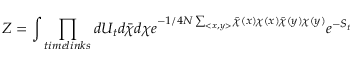
{ \cal Z } = \int \prod _ { t i m e l i n k s } d U _ { t } d \bar { \chi } d \chi e ^ { - 1 / { 4 N } \sum _ { < x , y > } \bar { \chi } ( x ) \chi ( x ) \bar { \chi } ( y ) \chi ( y ) } e ^ { - S _ { t } }